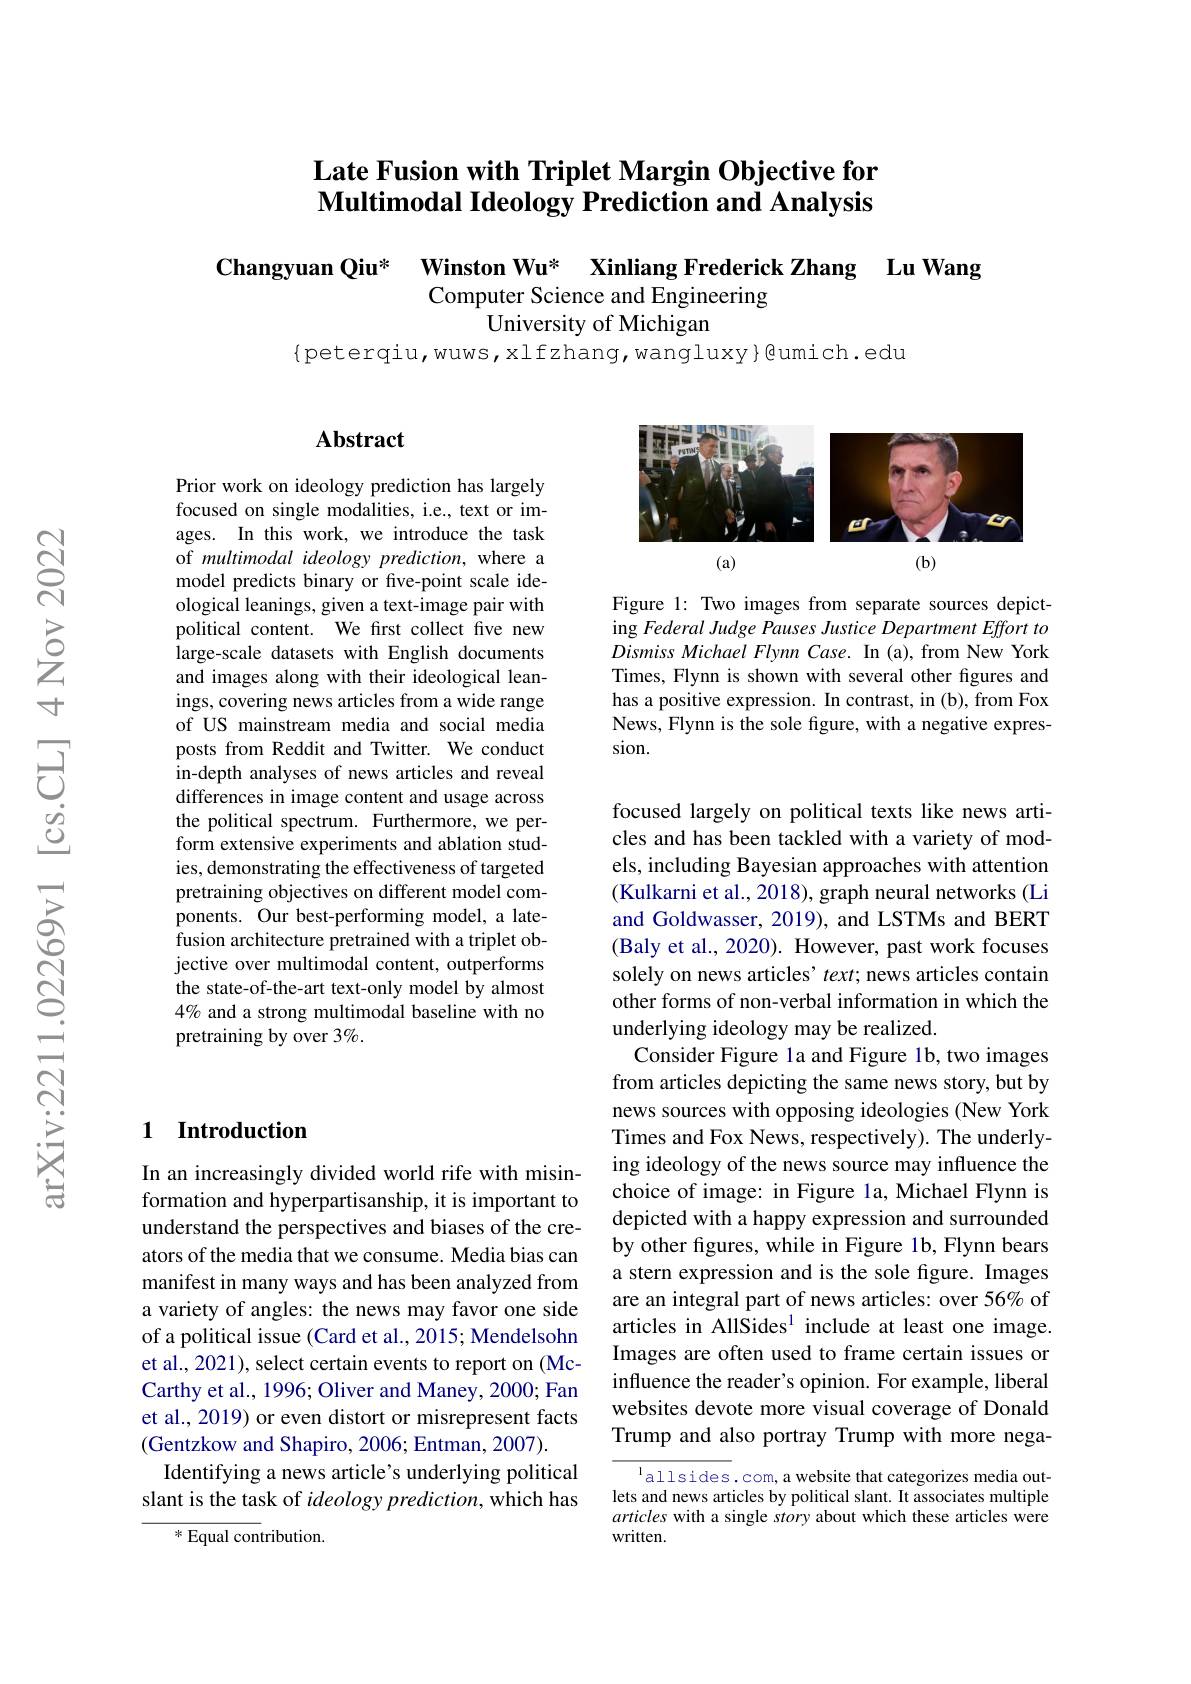
## Late Fusion with Triplet Margin Objective for Multimodal Ideology Prediction and Analysis

$\begin{array}{cc}\textbf{Changyuan Qiu*}&\text{Winston Wu* Xinliang Frederick Zhang}\\&\text{Computer Science and Engineering}\end{array}$Lu Wang
University of Michigan

$\{$peterqiu,wuws,xlfzhang,wangluxy}@umich.edu

## $\mathbf{Abstract}$

<FigureHere>

Figure 1: Two images from separate sources depicting Federal Judge Pauses Justice Department Effort to Dismiss Michael Flynn Case. In (a), from New York Times, Flynn is shown with several other figures and has a positive expression. In contrast, in (b), from Fox News, Flynn is the sole figure, with a negative expression.

Prior work on ideology prediction has largely focused on single modalities, i.e., text or images. In this work, we introduce the task of multimodal ideology prediction, where a model predicts binary or five-point scale ideological leanings, given a text-image pair with political content. We frst collect five new large-scale datasets with English documents and images along with their ideological leanings, covering news articles from a wide range of US mainstream media and social media posts from Reddit and Twitter. We conduct in-depth analyses of news articles and reveal differences in image content and usage across the political spectrum. Furthermore, we perform extensive experiments and ablation studies, demonstrating the effectiveness of targeted pretraining objectives on different model components. Our best-performing model, a latefusion architecture pretrained with a triplet objective over multimodal content, outperforms the state-of-the-art text-only model by almost 4% and a strong multimodal baseline with no pretraining by over 3%.

### 1 Introduction

focused largely on political texts like news articles and has been tackled with a variety of models, including Bayesian approaches with attention (Kulkarni et al., 2018), graph neural networks (Li and Goldwasser, 2019), and LSTMs and BERT (Baly et al., 2020). However, past work focuses solely on news articles' $text;$ news articles contain other forms of non-verbal information in which the underlying ideology may be realized.
Consider Figure la and Figure 1b, two images from articles depicting the same news story, but by news sources with opposing ideologies (New York Times and Fox News, respectively). The underlying ideology of the news source may influence the choice of image: in Figure la, Michael Flynn is depicted with a happy expression and surrounded by other figures, while in Figure 1b, Flynn bears a stern expression and is the sole figure. Images are an integral part of news articles: over 56% of articles in AllSides$^{1}$ include at least one image. Images are often used to frame certain issues or influence the reader's opinion. For example, liberal websites devote more visual coverage of Donald Trump and also portray Trump with more nega-
$^{\mathrm{l}}$allsides.com, a website that categorizes media out-

In an increasingly divided world rife with misinformation and hyperpartisanship, it is important to understand the perspectives and biases of the creators of the media that we consume. Media bias can manifest in many ways and has been analyzed from a variety of angles: the news may favor one side of a political issue (Card et al., 2015; Mendelsohn et al., 2021), select certain events to report on (McCarthy et al., 1996; Oliver and Maney, 2000; Fan et al., 2019) or even distort or misrepresent facts (Gentzkow and Shapiro, 2006; Entman, 2007).
Identifying a news article's underlying political slant is the task of ideology prediction, which has

lets and news articles by political slant. It associates multiple articles with a single story about which these articles were written.

$^{*}$ Equal contribution.